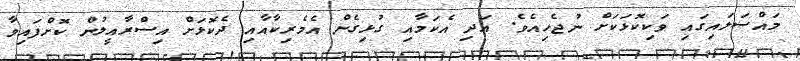
މައްސަލައިގައި ވަކިކޮޅަކަށް ނުޖެހިއެވެ. އަދި އެކަމާއި ގުޅިގެން އެމެރިކާއާއި ދެކޮޅަށް އިސްރާއީލުން ކޮށްފައިވާ